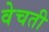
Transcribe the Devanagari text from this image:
वेचती